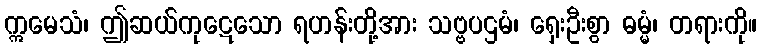
ဣမေသံ၊ ဤဆယ်ကုဋေသော ရဟန်းတို့အား သဗ္ဗပဌမံ၊ ရှေးဦးစွာ ဓမ္မံ၊ တရားကို။